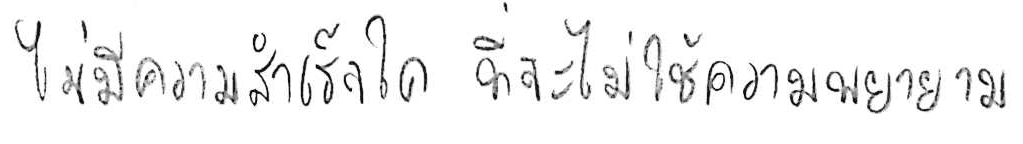
ไม่มีความสำเร็จใด ที่จะไม่ใช้ความพยายามและเวลา